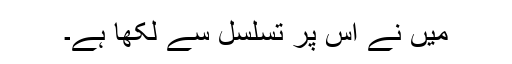
میں نے اس پر تسلسل سے لکھا ہے۔